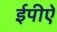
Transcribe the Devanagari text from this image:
ईपीऐ